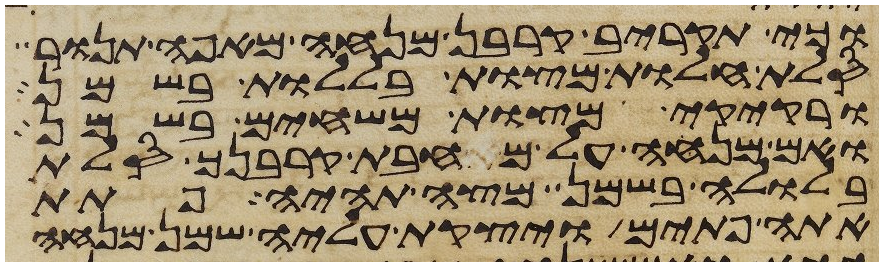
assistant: וכי תקריב קרבן מנחה מאפה תנור
סלת חלות מצות בללות בשמן
ורקיקי מצות משחים בשמן
ואם מנחה על מחבת קרבנך סלת
בלולה בשמן מצה תהיה פתת
אתה פתים ויצקת עליה שמן מנחה